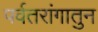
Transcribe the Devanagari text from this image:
पर्वतरांगातुन